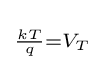
\scriptstyle {\frac {kT}{q}}=V_{T}